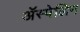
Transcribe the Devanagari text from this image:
ॲस्पेलिन